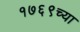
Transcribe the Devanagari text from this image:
१७६९च्या